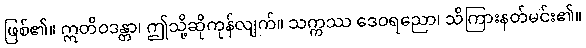
ဖြစ်၏။ ဣတိဝဒန္တာ၊ ဤသို့ဆိုကုန်လျက်။ သက္ကဿ ဒေဝရညော၊ သိကြားနတ်မင်း၏။